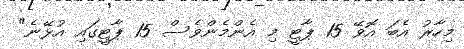
މިހާރު އެބަ އޮވޭ 15 ޕާޓީ މި އެންމެންވެސް 15 ޕާޓީގައި އުޅޭނެ"